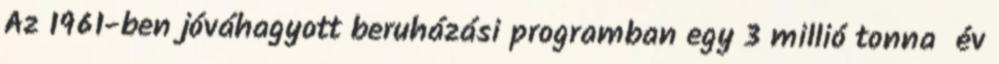
Az 1961-ben jóváhagyott beruházási programban egy 3 millió tonna év